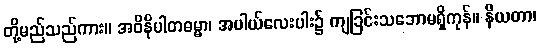
တို့မည်သည်ကား။ အဝိနိပါတဓမ္မာ၊ အပါယ်လေးပါး၌ ကျခြင်းသဘောမရှိကုန်။ နိယတာ၊